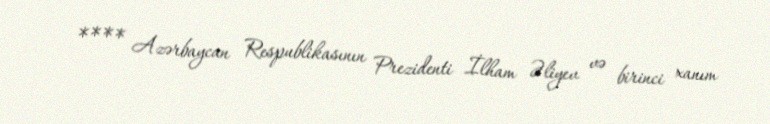
**** Azərbaycan Respublikasının Prezidenti İlham Əliyev və birinci xanım